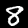
Digit: 8